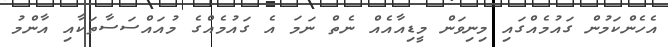
އެހެންކަމުން ގައުމެއްގައި މިނިވަން މީޑިއާއެއް ނެތް ނަމަ އެ ގައުމެއްގެ މުއައްސަސާތަކާއި އާންމު